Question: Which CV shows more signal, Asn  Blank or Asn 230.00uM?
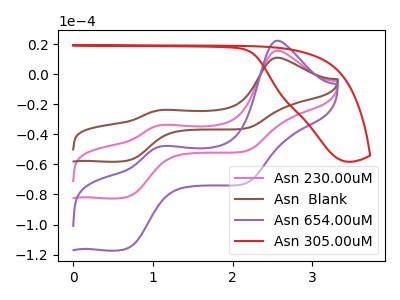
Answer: <think>The pink curve "Asn 230.00uM" has anodic peaks at (2.55V, 15.80uA) (1.15V, -33.65uA) and cathodic peaks at (0.70V, -81.55uA) (2.15V, -51.10uA). The brown curve "Asn  Blank" has anodic peaks at (2.55V, 11.10uA) (1.15V, -23.70uA) and cathodic peaks at (0.70V, -57.45uA) (2.15V, -36.00uA). The purple curve "Asn 654.00uM" has anodic peaks at (2.55V, 31.60uA) (1.15V, -67.30uA) and cathodic peaks at (0.70V, -163.15uA) (2.15V, -102.20uA). The red curve "Asn 305.00uM" has no peaks.
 All the peaks in "Asn  Blank" have a peak in "Asn 230.00uM" at the same potential.</think>
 <answer>I cant tell if "Asn  Blank" or "Asn 230.00uM" has more signal.</answer>
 <eval>mixed_signal</eval>